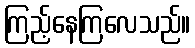
ကြည့်နေကြလေသည်။